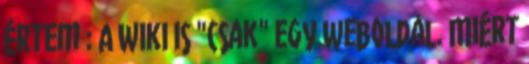
értem : A Wiki is "csak" egy weboldal. Miért